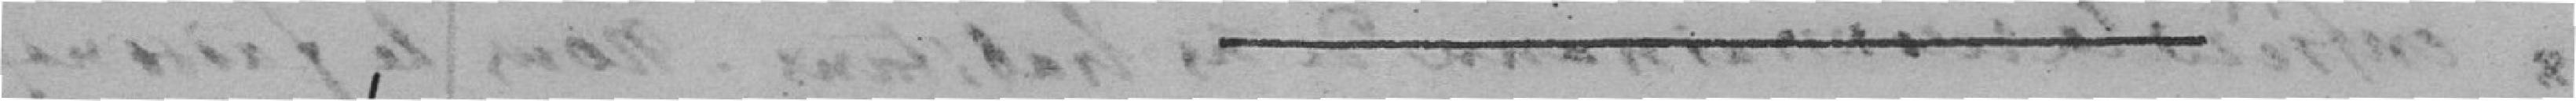
-